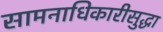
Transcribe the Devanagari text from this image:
सामनाधिकारीसुद्धा